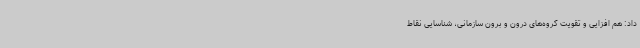
داد: هم افزایی و تقویت گروه‌های درون و برون سازمانی، شناسایی نقاط